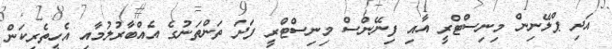
އަދި ޕްލޭނިން މިނިސްޓްރީ އާއި ފިނޭންސް މިނިސްޓްރީ ފަދަ ތަންތަނުގެ އެއްބާރުލުމާއި އެހީތެރިކަން